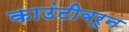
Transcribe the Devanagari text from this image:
काउंटीवरून